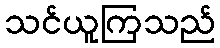
သင်ယူကြသည်